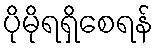
ပိုမိုရရှိစေရန်